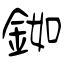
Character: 銣